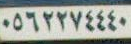
٠٥٦٢٢٧٤٤٤٠